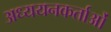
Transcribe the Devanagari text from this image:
अध्‍ययनकर्ताओं